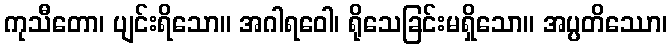
ကုသီတော၊ ပျင်းရိသော။ အဂါရဝေါ၊ ရိုသေခြင်းမရှိသော။ အပ္ပတိဿော၊